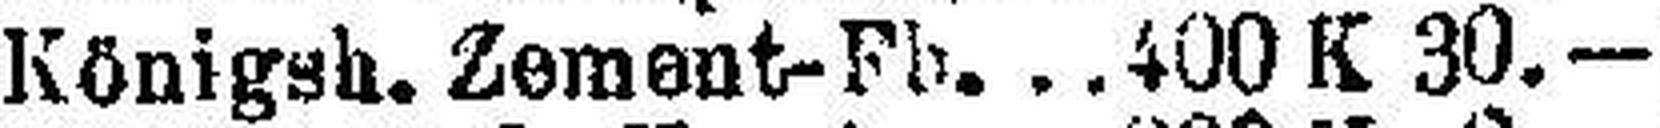
Königsh. Zement- Fb. 400 K 30.—